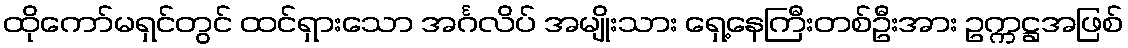
ထိုကော်မရှင်တွင် ထင်ရှားသော အင်္ဂလိပ် အမျိုးသား ရှေ့နေကြီးတစ်ဦးအား ဥက္ကဋ္ဌအဖြစ်